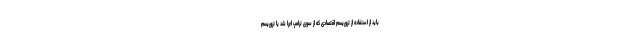
باید از استفاده از تروریسم اقتصادی که از سوی ترامپ اجرا شد یا تروریسم